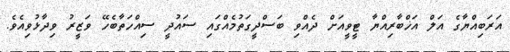
އަރަބިއްޔާގެ އަލް އަޚްބާރިއްޔާ ޓީވީއަށް ދެއްވި ބަސްދީގަތުމެއްގައި ސައުދީ ސިއްހަތާބެހޭ ވަޒީރު ވިދާޅުވިއެވެ.